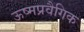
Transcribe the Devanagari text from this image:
ऊष्मप्रवैगिक